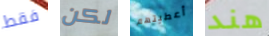
فقط لكن أعطيتهم هند